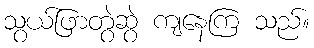
သွယ်ဖြာတွဲဆွဲ ကျနေကြ သည်။